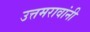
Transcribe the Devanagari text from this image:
उत्तमरावांनी